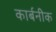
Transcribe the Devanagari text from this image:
कार्बनीक